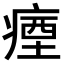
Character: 𭼗